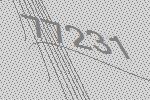
77231